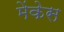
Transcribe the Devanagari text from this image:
मेंकेस